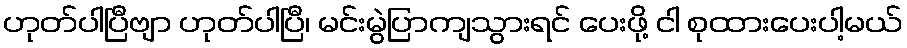
ဟုတ်ပါပြီဗျာ ဟုတ်ပါပြီ၊ မင်းမွဲပြာကျသွားရင် ပေးဖို့ ငါ စုထားပေးပါ့မယ်